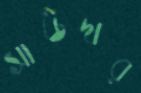
সাউদার